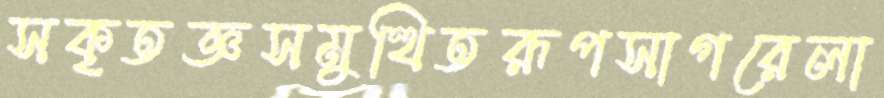
সকৃতজ্ঞসমুত্থিতরূপসাগরেলা